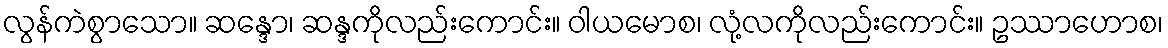
လွန်ကဲစွာသော။ ဆန္ဒော၊ ဆန္ဒကိုလည်းကောင်း။ ဝါယမောစ၊ လုံ့လကိုလည်းကောင်း။ ဥဿာဟောစ၊